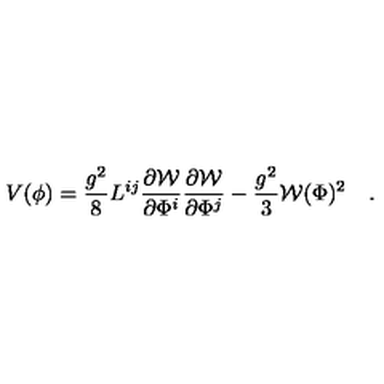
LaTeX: V ( \phi ) = \frac { g ^ { 2 } } { 8 } L ^ { i j } \frac { \partial { \cal W } } { \partial \Phi ^ { i } } \frac { \partial { \cal W } } { \partial \Phi ^ { j } } - \frac { g ^ { 2 } } { 3 } { \cal W } ( \Phi ) ^ { 2 } \quad .